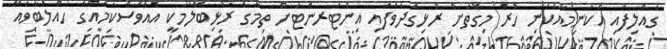
ގެއްލިފައި އެކަނިމާއެކަނި ހުރެ މިގޮތަށް ރުޅިގަދަވެފައި އިންޓަރނެޓަށް ތިމާގެ ރުޅިބޭލުމަކީ އެއްވެސްކަމެއްގެ ހައްލުބާވައޭ